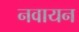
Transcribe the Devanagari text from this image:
नवायन